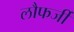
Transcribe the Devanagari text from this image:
लौफर्जी